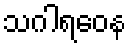
သဂါရဝေန